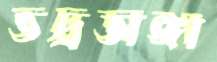
ভদ্রডাঙ্গা